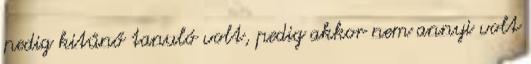
pedig kitűnő tanuló volt, pedig akkor nem annyi volt